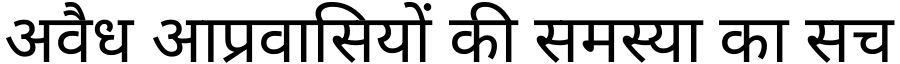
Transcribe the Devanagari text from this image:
अवैध आप्रवासियों की समस्या का सच